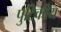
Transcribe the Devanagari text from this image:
पुटिकीय